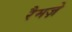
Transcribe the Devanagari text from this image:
रैमज़े